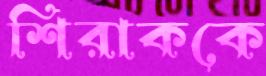
শিরাককে